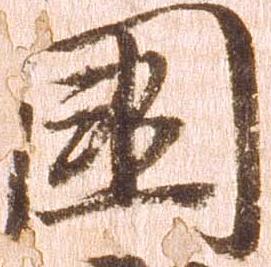
国